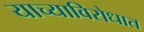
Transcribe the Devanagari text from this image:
याच्याविरोधात